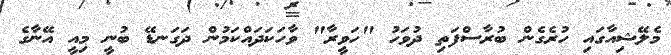
މެލޭޝިއާގައި ހުރެގެން ބުރާސްފަތި ދުވަހު "ހަވީރާ" ވާހަކަދައްކަމުން ދަގަނޑޭ ބުނީ މިއީ އޭނާގެ